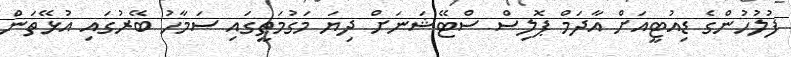
ފުލުހުންގެ ޑިއުޓީއަށް އާދަމް ޕޮލިސް ސްޓޭޝަނަށް ދިޔަ މަގުމަތީގައި ސަމާހު ބޭރުގައި އުޅޭތަން